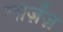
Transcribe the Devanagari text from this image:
लोज़ेंज़